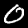
Label: 0